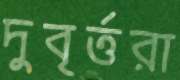
দুবৃর্ত্তরা